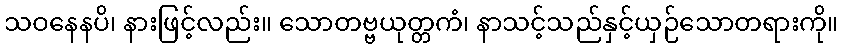
သဝနေနပိ၊ နားဖြင့်လည်း။ သောတဗ္ဗယုတ္တကံ၊ နာသင့်သည်နှင့်ယှဉ်သောတရားကို။